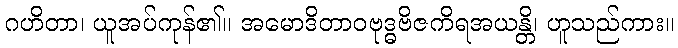
ဂဟိတာ၊ ယူအပ်ကုန်၏။ အမောဒိတာဝဗုဒ္ဓဗိဇကိရအယန္တိ၊ ဟူသည်ကား။